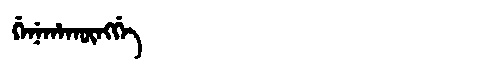
Manchu: ᡤᡝᠨᡝᡥᠠᡴᡡᠩᡤᡝ
Romanization: GENEHAKŪNGGE